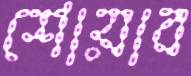
শোয়াব